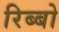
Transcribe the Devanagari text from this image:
रिब्बो